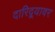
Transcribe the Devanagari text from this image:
दारिद्र्यावर